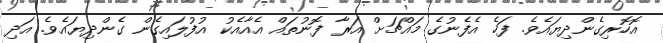
އޮހޮރިގެންދިޔައެވެ. ފަހެ އެފެނުގެ މައްޗަށް އަރާ ފޮނުތައް އެއާއެކު އުފުލައިގެން ގެންދިޔައެވެ. އަދި